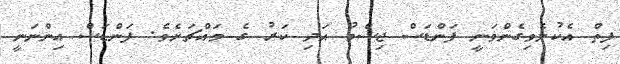
ފިތް އެކުލެވިގެންވަނީ ފަންޑަސް ޖިސްމު އަދި ކަރު ގެ މައްޗަށެވެ. ފަންޑަސް އިންނަނީ